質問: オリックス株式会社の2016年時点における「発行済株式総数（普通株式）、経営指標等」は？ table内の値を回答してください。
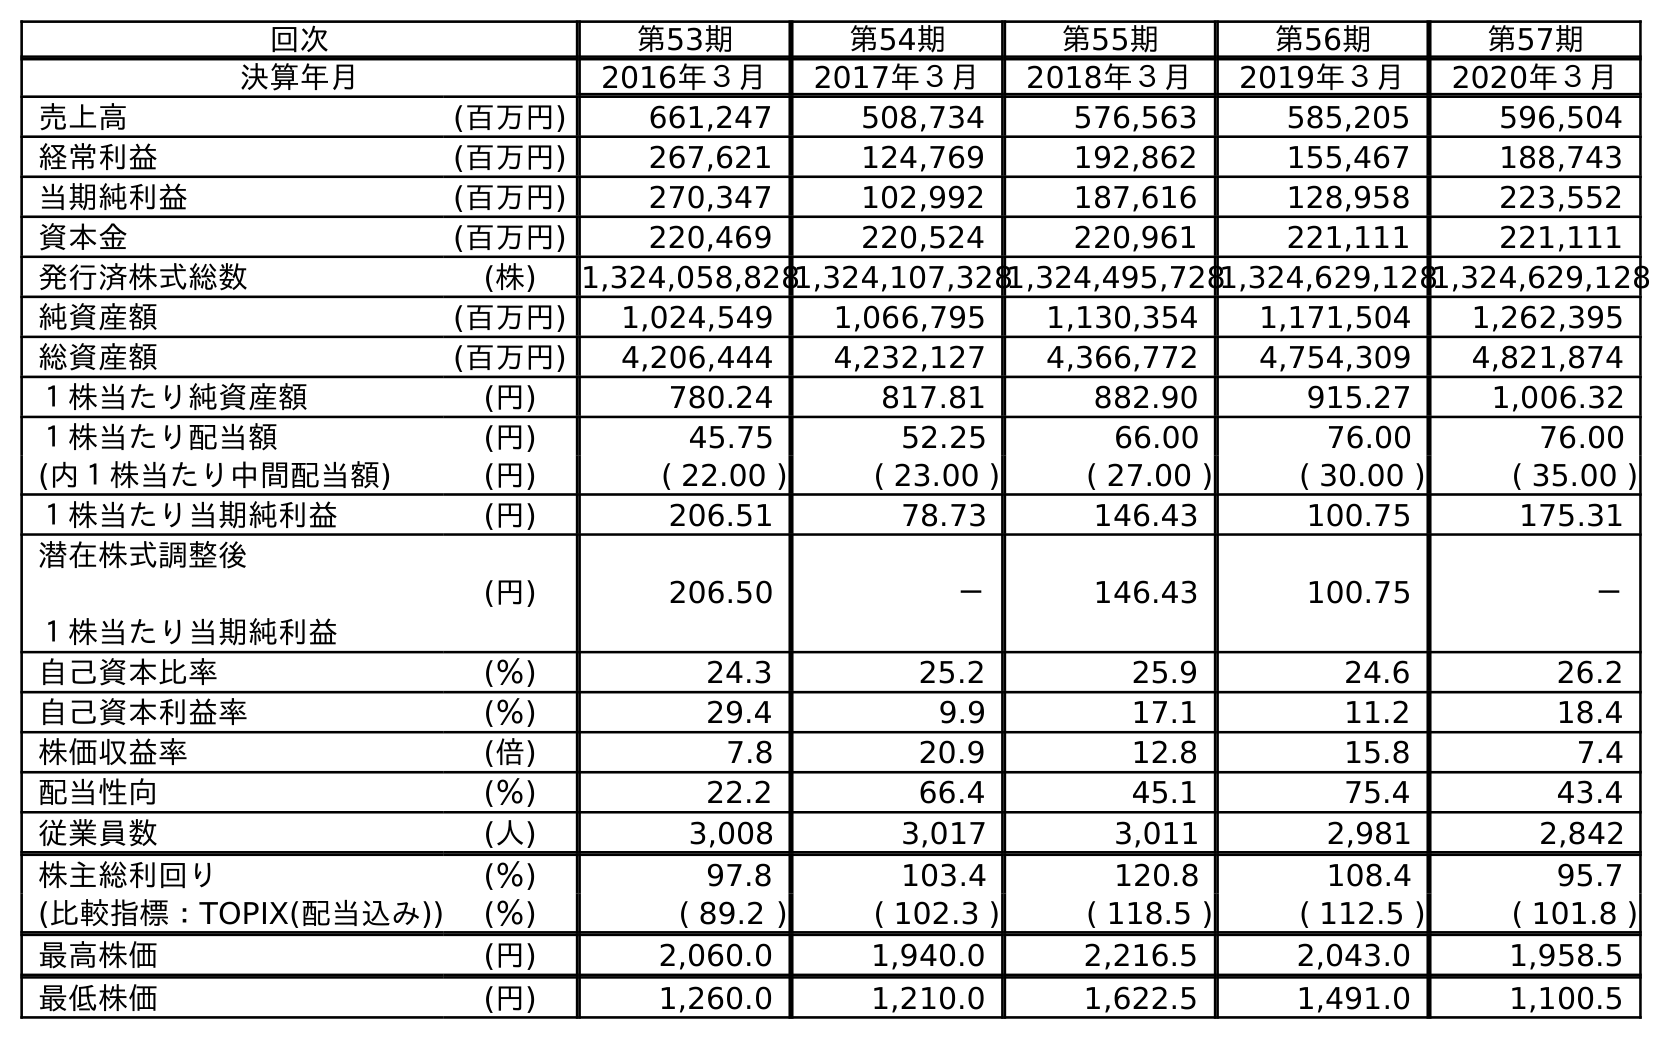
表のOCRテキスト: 回次 第53期 第54期 第55期 第56期 第57期 決算年月 2016年３月 2017年３月 2018年３月 2019年３月 2020年３月 売上高 (百万円) 661,247 508,734 576,563 585,205 596,504 経常利益 (百万円) 267,621 124,769 192,862 155,467 188,743 当期純利益 (百万円) 270,347 102,992 187,616 128,958 223,552 資本金 (百万円) 220,469 220,524 220,961 221,111 221,111 発行済株式総数 (株) 1,324,058,8281,324,107,3281,324,495,7281,324,629,1281,324,629,128 純資産額 (百万円) 1,024,549 1,066,795 1,130,354 1,171,504 1,262,395 総資産額 (百万円) 4,206,444 4,232,127 4,366,772 4,754,309 4,821,874 １株当たり純資産額 (円) 780.24 817.81 882.90 915.27 1,006.32 １株当たり配当額 (円) 45.75 52.25 66.00 76.00 76.00 (内１株当たり中間配当額) (円) ( 22.00 ) ( 23.00 ) ( 27.00 ) ( 30.00 ) ( 35.00 ) １株当たり当期純利益 (円) 206.51 78.73 146.43 100.75 175.31 潜在株式調整後 １株当たり当期純利益 (円) 206.50 － 146.43 100.75 － 自己資本比率 (％) 24.3 25.2 25.9 24.6 26.2 自己資本利益率 (％) 29.4 9.9 17.1 11.2 18.4 株価収益率 (倍) 7.8 20.9 12.8 15.8 7.4 配当性向 (％) 22.2 66.4 45.1 75.4 43.4 従業員数 (人) 3,008 3,017 3,011 2,981 2,842 株主総利回り (％) 97.8 103.4 120.8 108.4 95.7 (比較指標：TOPIX(配当込み)) (％) ( 89.2 ) ( 102.3 ) ( 118.5 ) ( 112.5 ) ( 101.8 ) 最高株価 (円) 2,060.0 1,940.0 2,216.5 2,043.0 1,958.5 最低株価 (円) 1,260.0 1,210.0 1,622.5 1,491.0 1,100.5
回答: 1,324,058,828